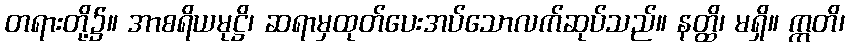
တရားတို့၌။ အာစရိယမုဋ္ဌိ၊ ဆရာမှထုတ်ပေးအပ်သောလက်ဆုပ်သည်။ နတ္ထိ၊ မရှိ။ ဣတိ၊